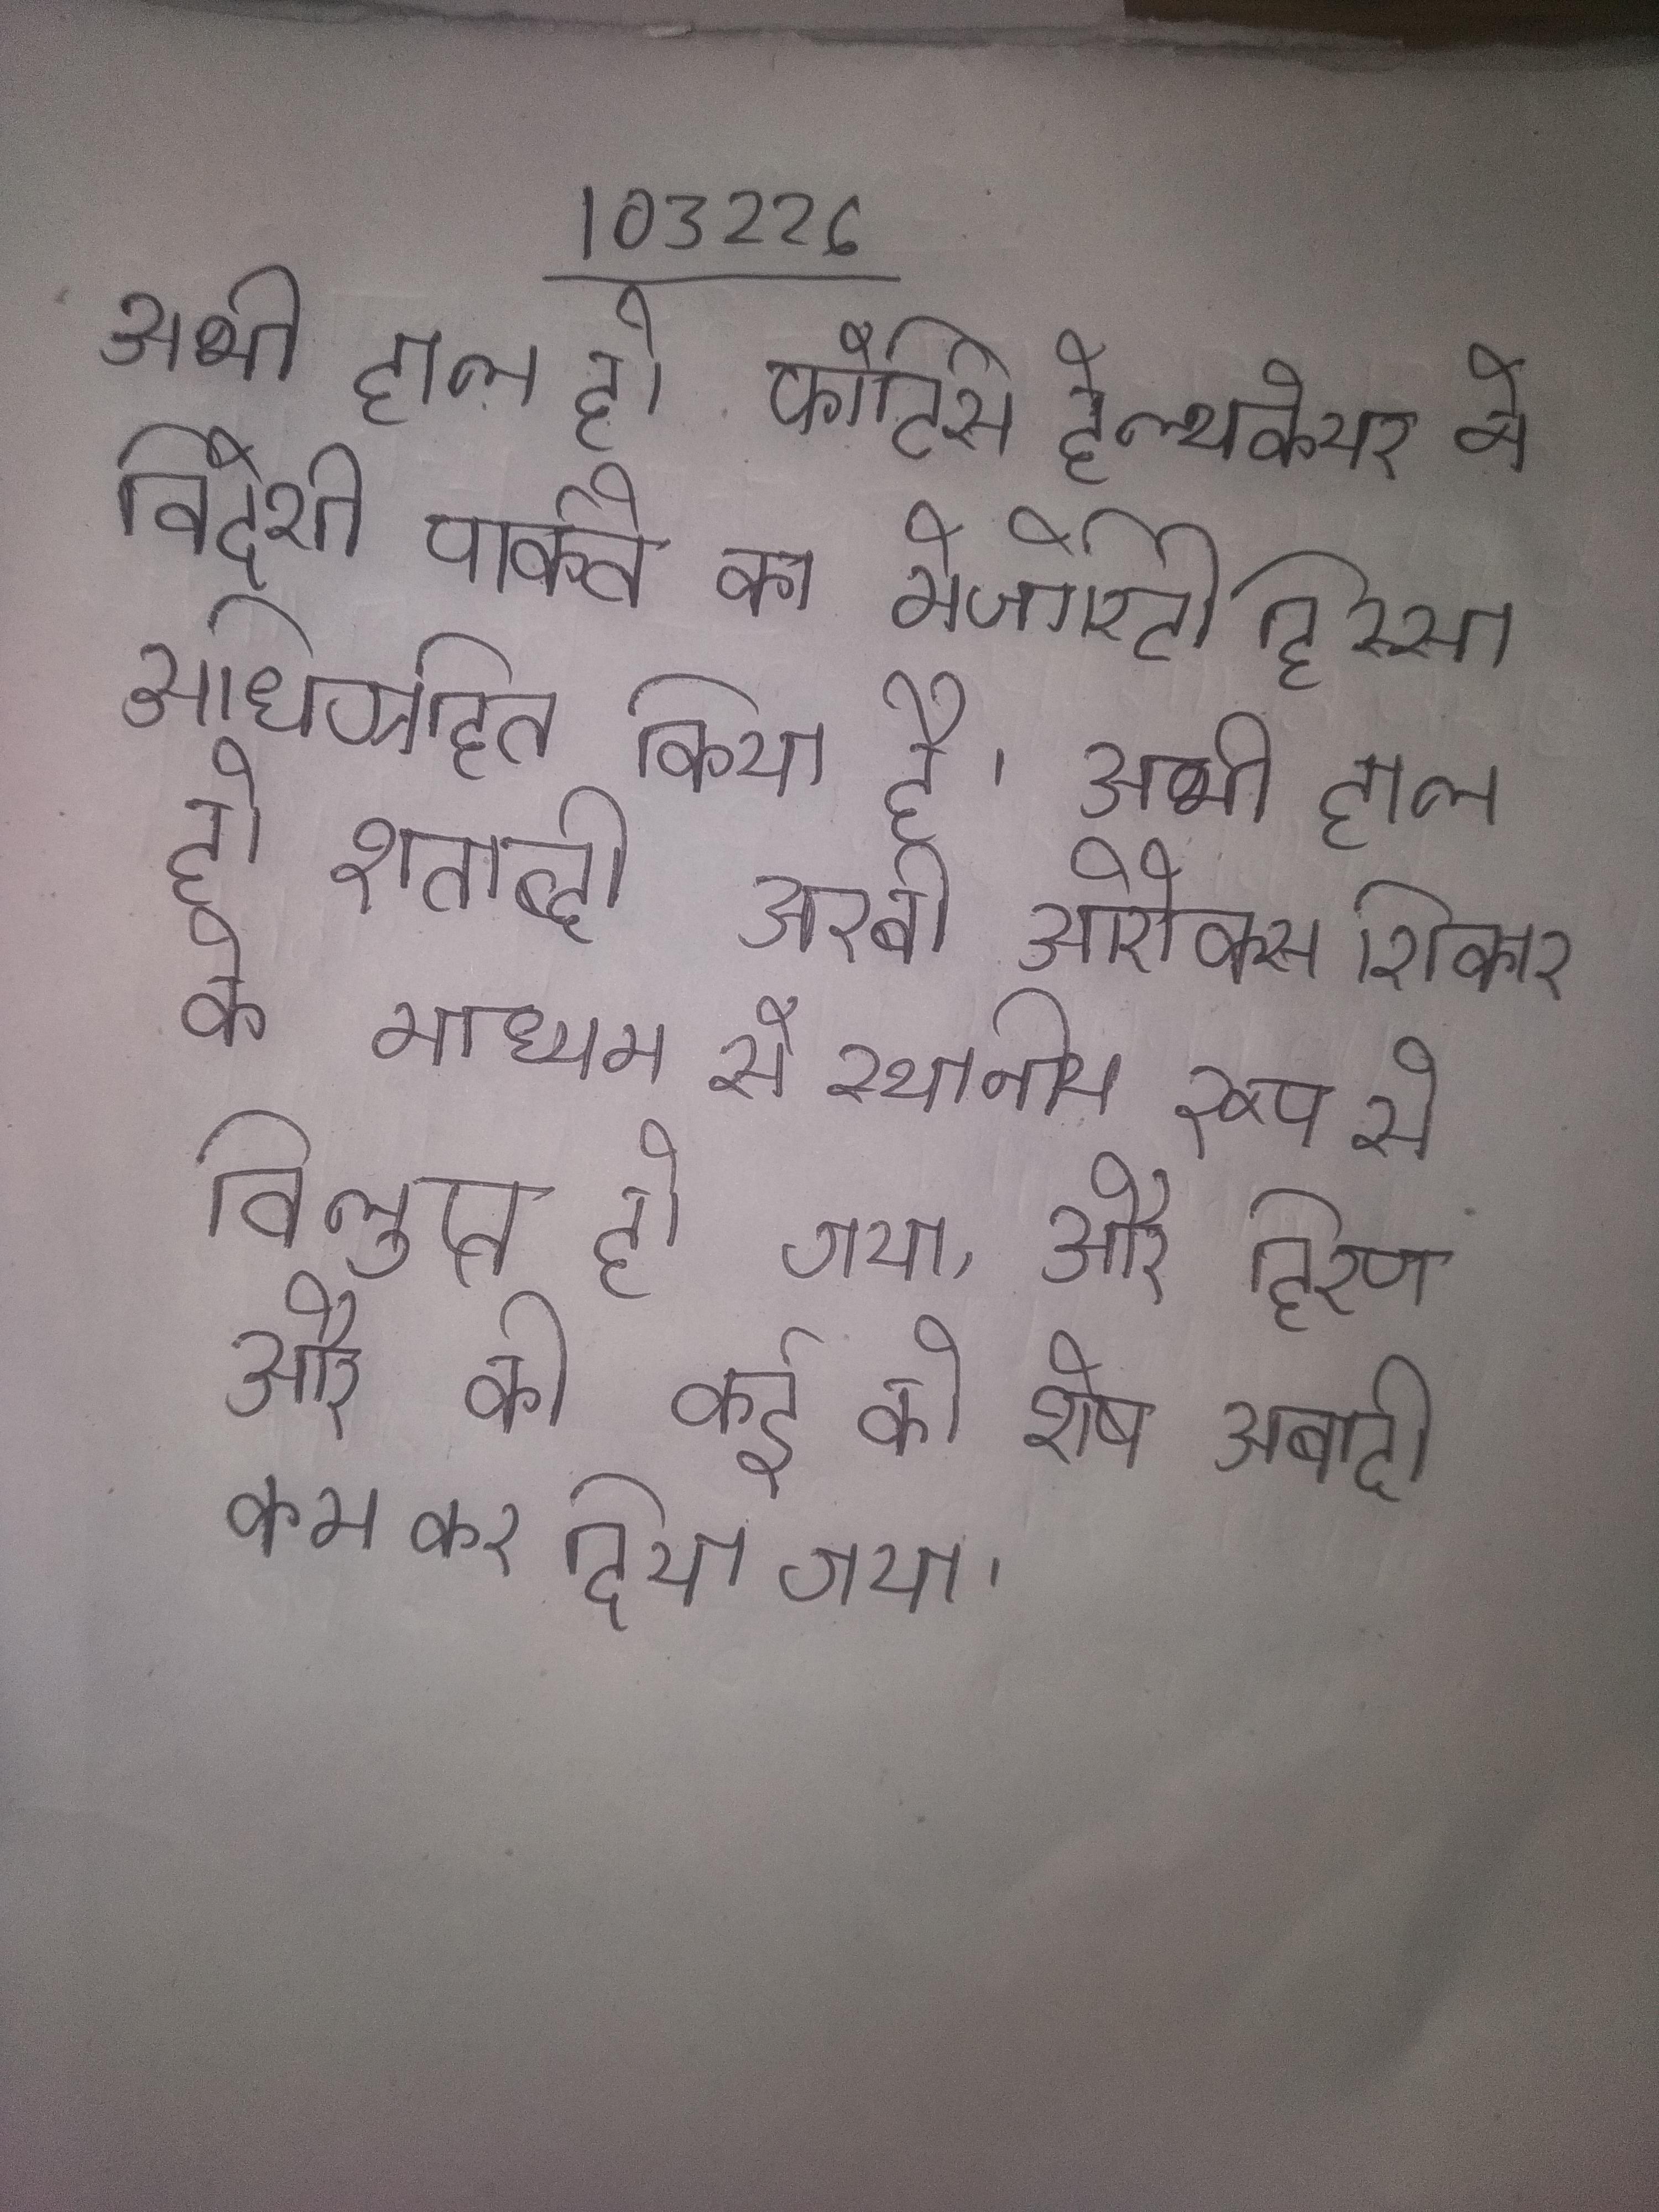
अभी हाल ही फोर्टिस हेल्थकेयर ने विदेशी पार्कवे का मेजोरिटी हिस्सा अधिग्रहित किया है । अभी हाल ही शताब्दी अरबी ओरेक्स शिकार के माध्यम से स्थानीय रूप से विलुप्त हो गया, और हिरण और की कई को शेष आबादी कम कर दिया गया ।